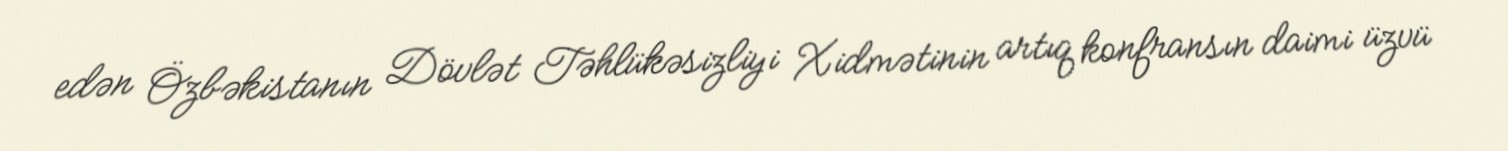
edən Özbəkistanın Dövlət Təhlükəsizliyi Xidmətinin artıq konfransın daimi üzvü